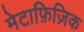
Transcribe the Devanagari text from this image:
मेटाफ़िज़िक